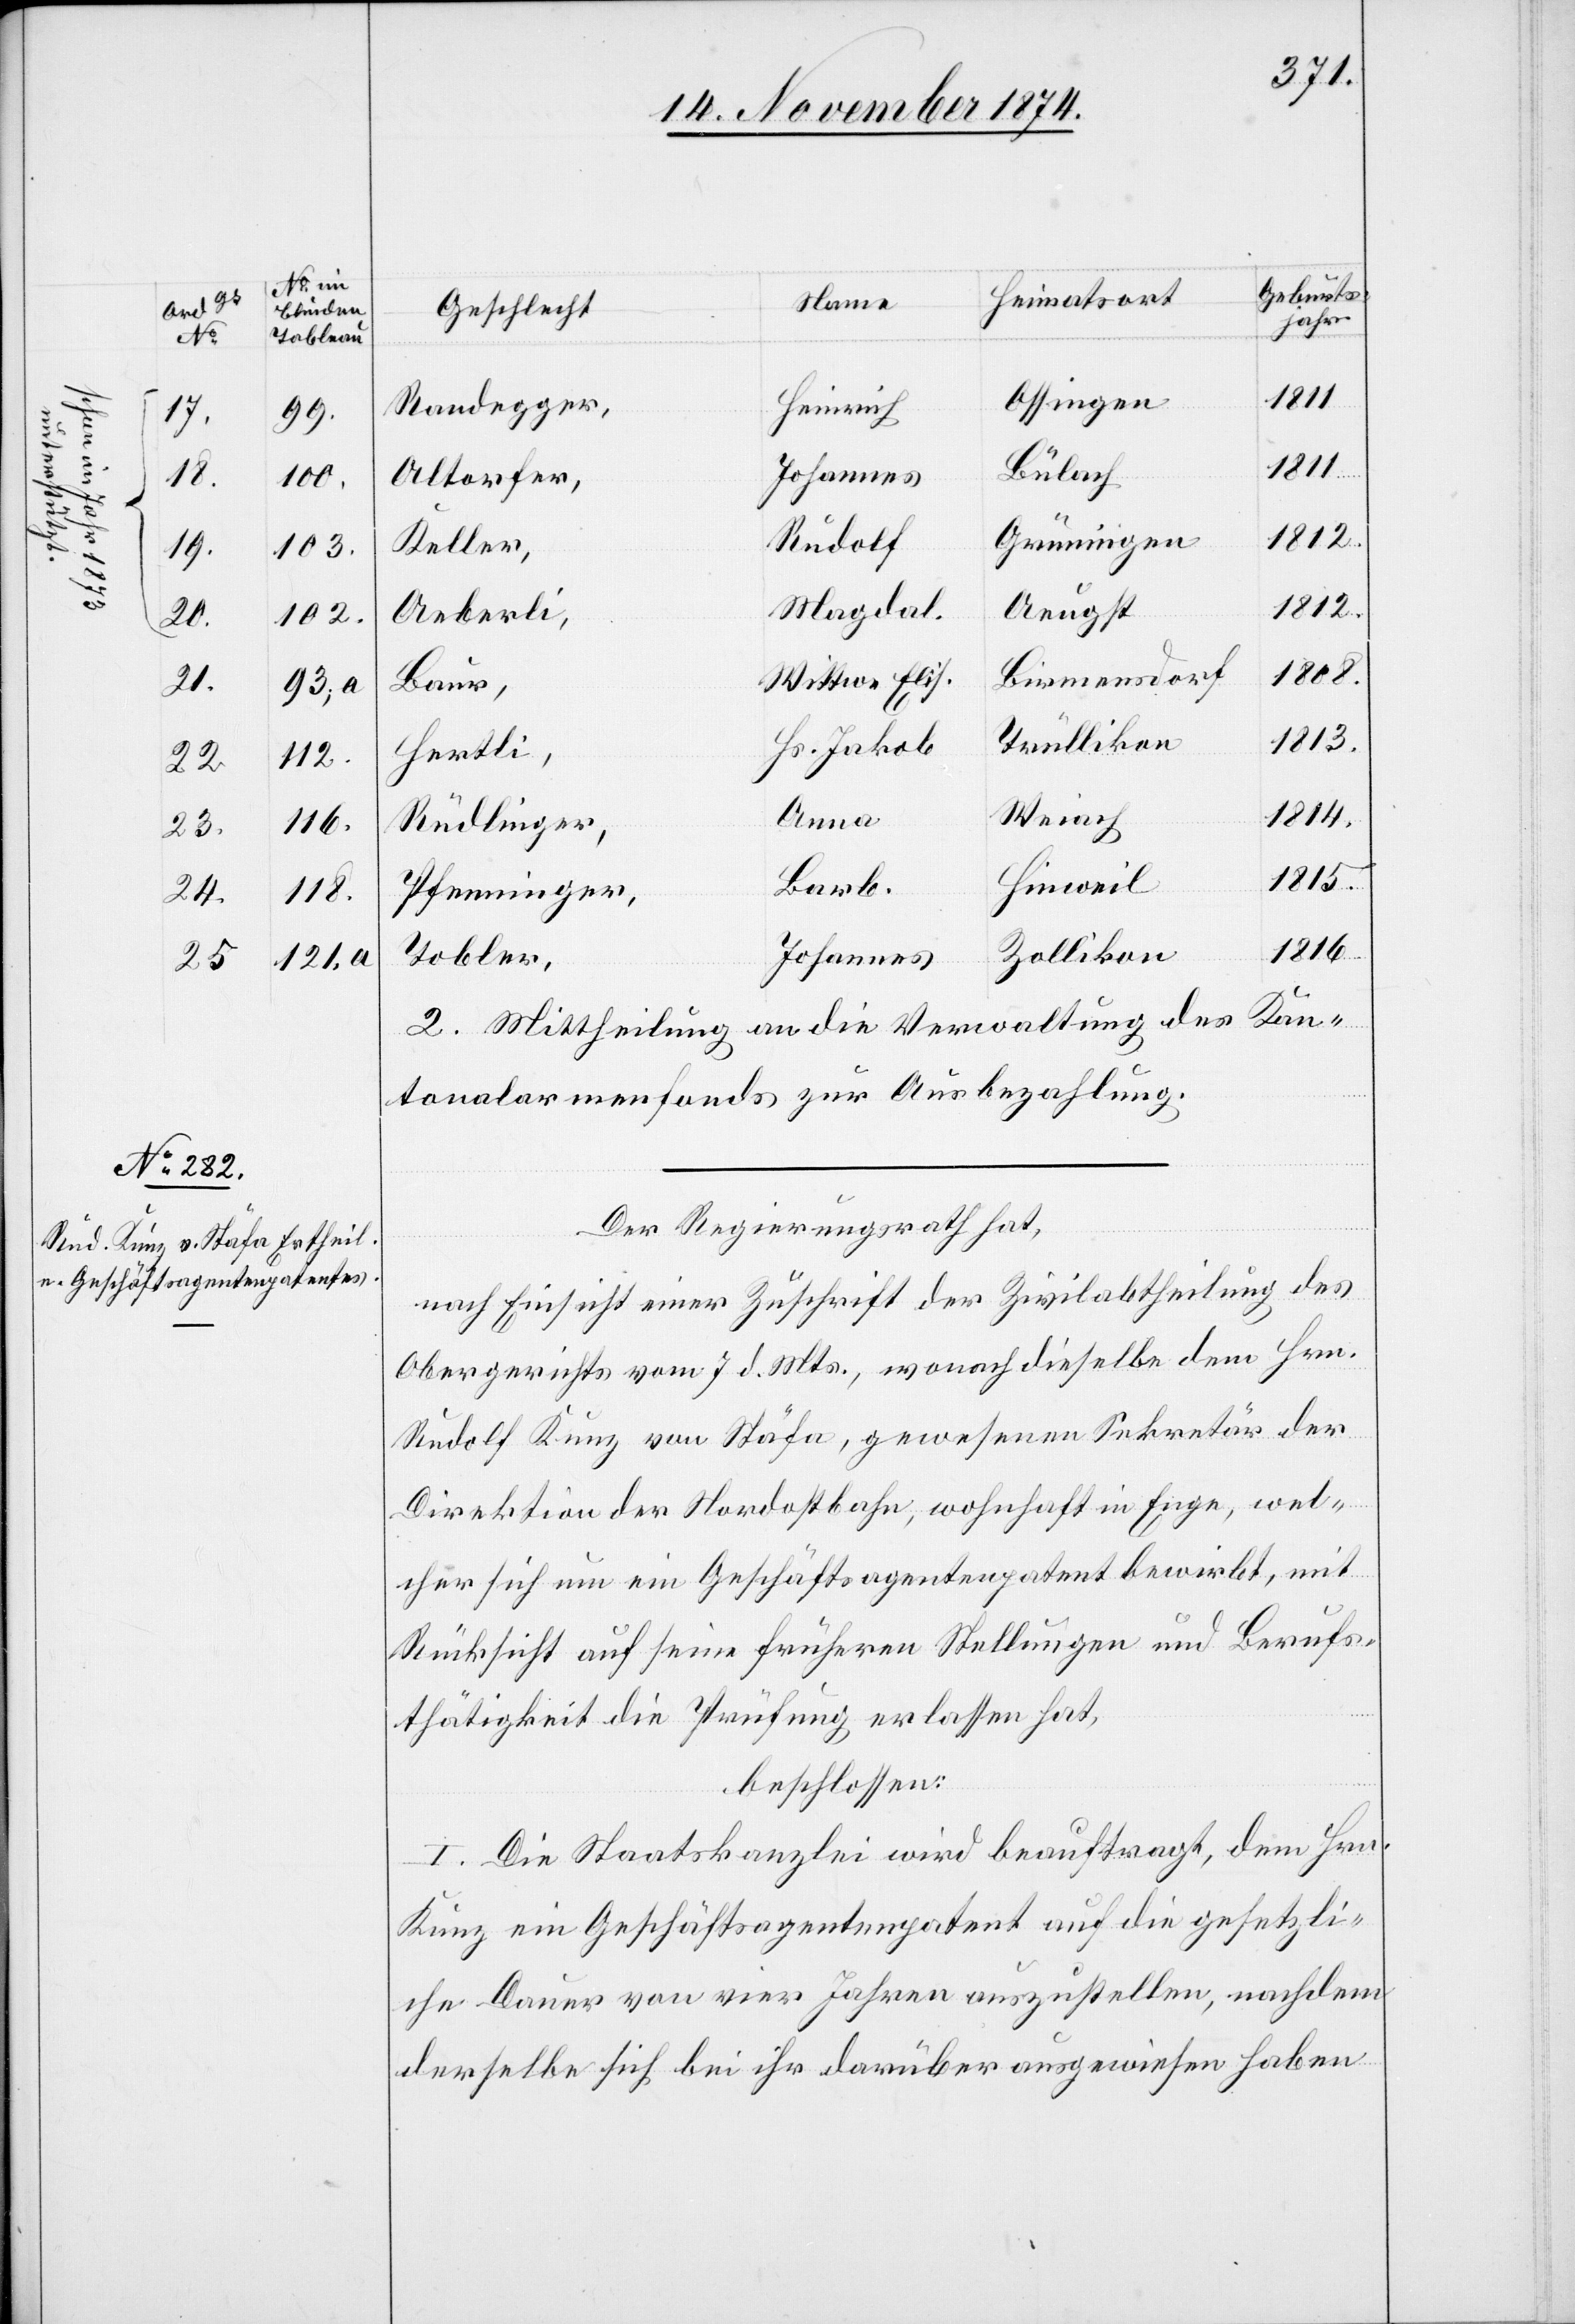
[No im
Blinden
Tableau]
99,
17.
18.
100.
19.
102.
20.
21.
93,
112.
23.
116.
25.
24.
121,

[Geschlecht]
Jahr
Ossingen
Randegger
Heinrich
1811
Bülach
Altorfer,
Grüningen
Rudolf
Keller,
1812
Magdal.
Aeugst
Aeberli,
1808
Birmensdorf
Wittwe Elis.
Baur,
Trüllikon
1813.
Hs. Jakob
Hertli,
Weiach
Anna
Rüdlinger,
1815.
Hinweil
Barb.
Pfenninger,
1816.
Zollikon
Tobler,
Johannes
2. Mittheilung an die Verwaltung des Kan¬
tonalarmenfonds zur Ausbezahlung.
Der Regierungsrath hat,
nach Einsicht einer Zuschrift der Zivilabtheilung des
Obergerichts vom 7. d. Mts., wonach dieselbe dem Hrn.
Rudolf Kunz von Stäfa, gewesenen Sekretär der
Direktion der Nordostbahn, wohnhaft in Enge, wel¬
cher sich um ein Geschäftsagentenpatent bewirbt, mit
Rücksicht auf seine früheren Stellungen und Berufs¬
thätigkeit die Prüfung erlassen hat,
beschlossen:
I. Die Staatskanzlei wird beauftragt, dem Hrn.
Kunz ein Geschäftsagentenpatent auf die gesetzli¬
che Dauer von vier Jahren auszustellen, nachdem
derselbe sich bei ihr darüber ausgewiesen haben